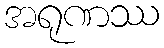
အရုဏဿ